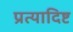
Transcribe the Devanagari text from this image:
प्रत्यादिष्ट